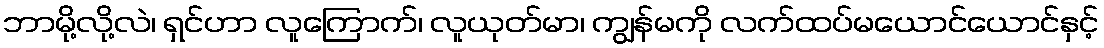
ဘာမို့လို့လဲ၊ ရှင်ဟာ လူကြောက်၊ လူယုတ်မာ၊ ကျွန်မကို လက်ထပ်မယောင်ယောင်နှင့်